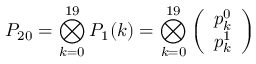
P _ { 2 0 } = \bigotimes _ { k = 0 } ^ { 1 9 } P _ { 1 } ( k ) = \bigotimes _ { k = 0 } ^ { 1 9 } \left( \begin{array} { l } { p _ { k } ^ { 0 } } \\ { p _ { k } ^ { 1 } } \end{array} \right)